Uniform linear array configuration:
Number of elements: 16
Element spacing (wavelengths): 0.25
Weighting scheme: hamming
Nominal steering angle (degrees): -60
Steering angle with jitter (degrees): -61.087
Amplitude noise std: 0.05
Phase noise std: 0.05

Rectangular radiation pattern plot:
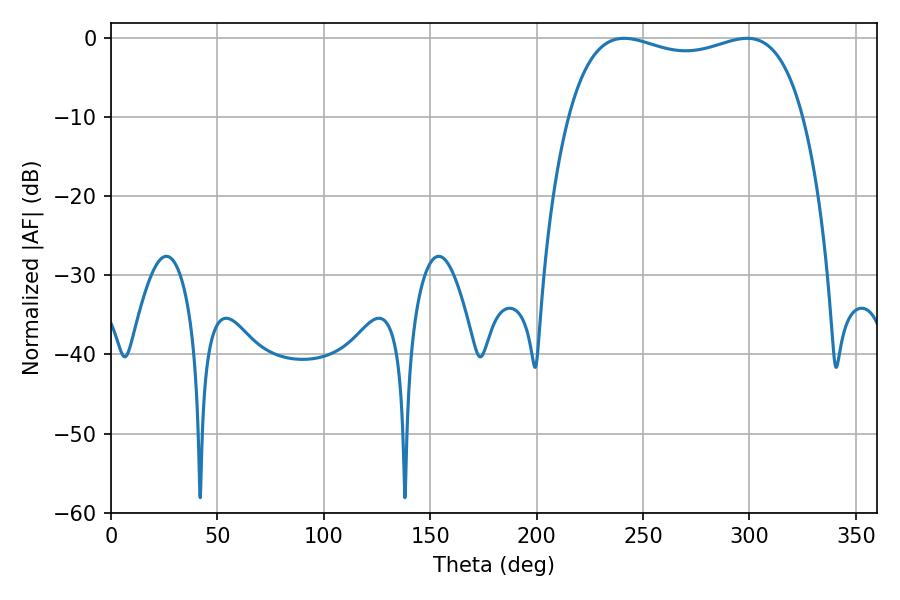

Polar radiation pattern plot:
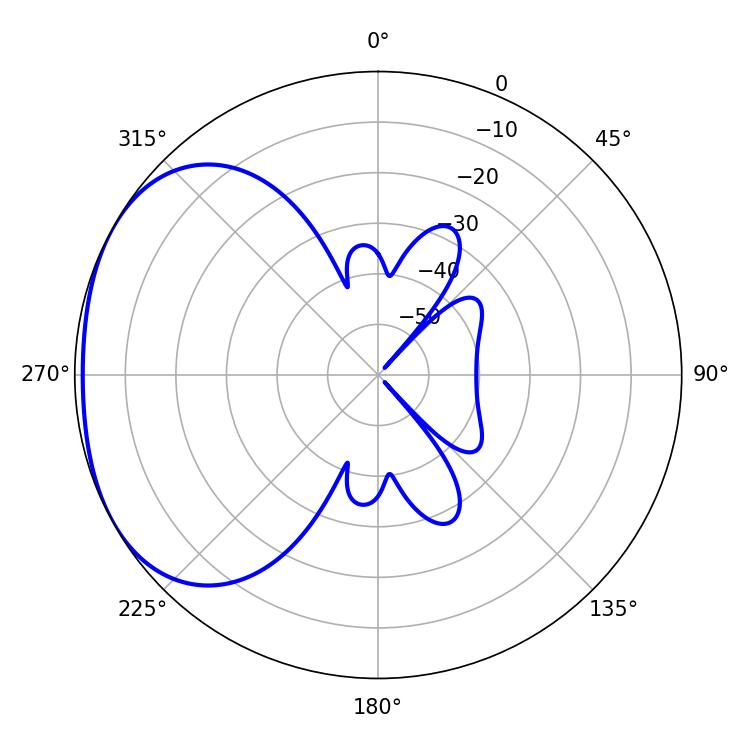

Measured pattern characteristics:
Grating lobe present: FALSE
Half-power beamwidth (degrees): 90
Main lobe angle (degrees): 241.02